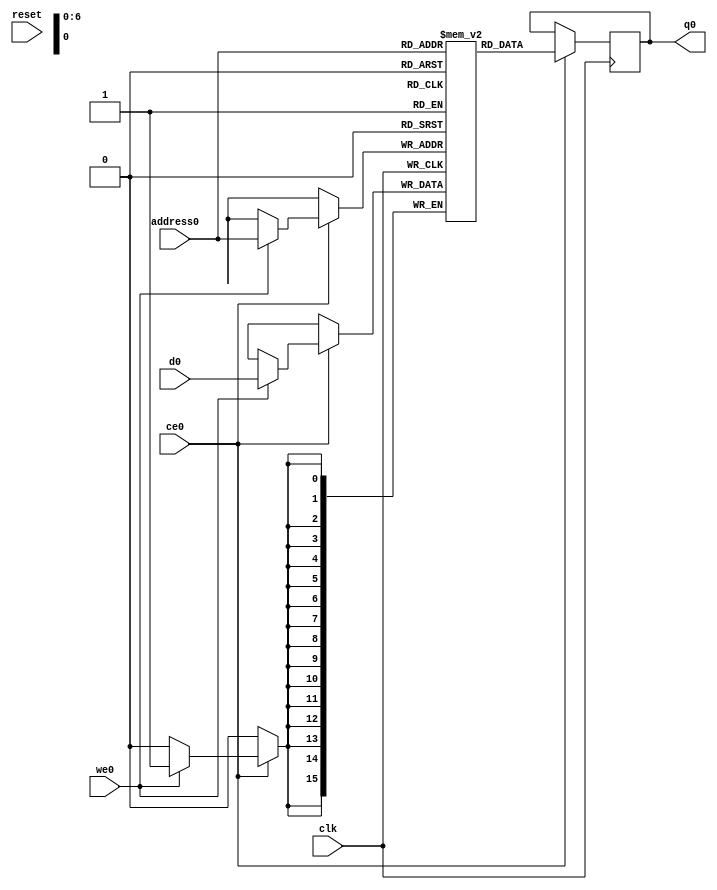
// ==============================================================
// Vitis HLS - High-Level Synthesis from C, C++ and OpenCL v2021.2 (64-bit)
// Copyright 1986-2021 Xilinx, Inc. All Rights Reserved.
// ==============================================================
`timescale 1 ns / 1 ps
module nnlayer_multiDSP_sumArr_V_RAM_AUTO_1R1W (address0, ce0, d0, we0, q0,  reset,clk);

parameter DataWidth = 16;
parameter AddressWidth = 7;
parameter AddressRange = 128;

input[AddressWidth-1:0] address0;
input ce0;
input[DataWidth-1:0] d0;
input we0;
output reg[DataWidth-1:0] q0;
input reset;
input clk;

reg [DataWidth-1:0] ram[0:AddressRange-1];




always @(posedge clk)  
begin 
    if (ce0) begin
        if (we0) 
            ram[address0] <= d0; 
        q0 <= ram[address0];
    end
end


endmodule